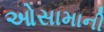
ઓસામાની